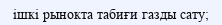
ішкі рынокта табиғи газды сату;